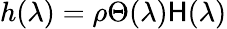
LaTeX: h(\lambda)=\rho\Theta(\lambda)\mathsf{H}(\lambda)